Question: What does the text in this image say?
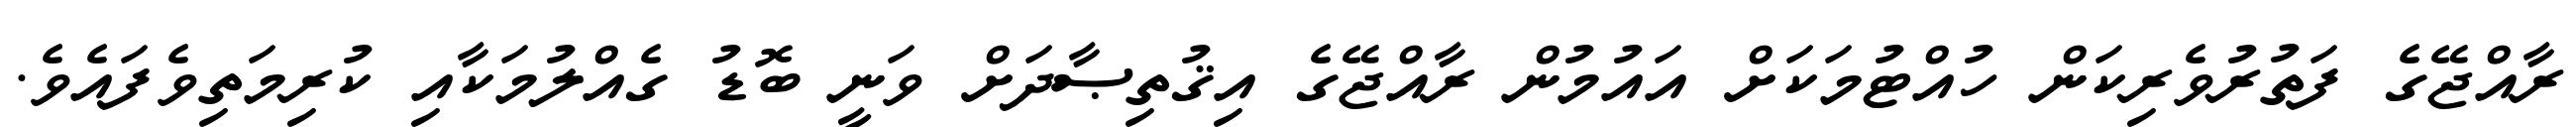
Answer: ރާއްޖޭގެ ފަތުރުވެރިކަން ހުއްޓުމަކަށް އައުމުން ރާއްޖޭގެ އިޤުތިޞާދަށް ވަނީ ބޮޑު ގެއްލުމަކާއި ކުރިމަތިވެފައެވެ.